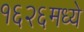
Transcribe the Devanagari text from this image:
१६२६मध्ये